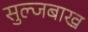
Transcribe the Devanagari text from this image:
सुल्जबाख